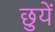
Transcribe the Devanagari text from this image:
छुयें